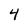
Character: 4